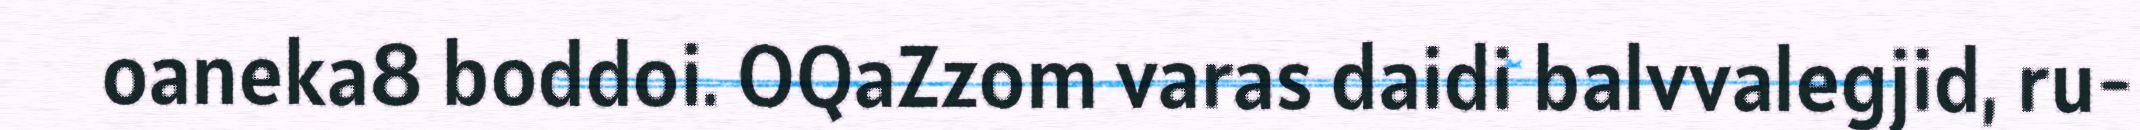
oaneka8 boddoi. OQaZzom varas daidi balvvalegjid, ru-